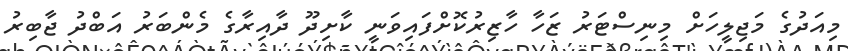
މިއަދުގެ މަޖިލީހަށް މިނިސްޓަރު ޒަހާ ހާޒިރުކޮށްފައިވަނީ ކާށިދޫ ދާއިރާގެ މެންބަރު އަބްދު ޖާބިރު